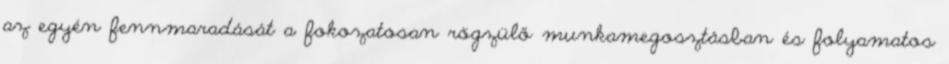
az egyén fennmaradását a fokozatosan rögzülő munkamegosztásban és folyamatos